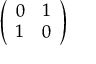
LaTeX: \left( \begin{array} { c c } { { 0 } } & { { 1 } } \\ { { 1 } } & { { 0 } } \end{array} \right)